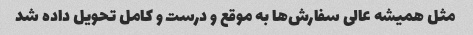
مثل همیشه عالی سفارش‌ها به موقع و درست و کامل تحویل داده شد